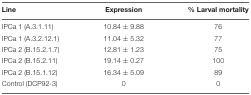
| Line | Expression | % Larval mortality |
 | --- | --- | --- |
 | IPCa 1 (A.3.1.11) | 10.84 ± 9.88 | 76 |
 | IPCa 1 (A.3.2.12.1) | 11.04 ± 5.32 | 77 |
 | IPCa 2 (B.15.2.1.7) | 12.81 ± 1.23 | 75 |
 | IPCa 2 (B.15.2.11) | 19.14 ± 0.27 | 100 |
 | IPCa 2 (B.15.1.12) | 16.34 ± 5.09 | 89 |
 | Control (DCP92-3) | 0 | 0 |